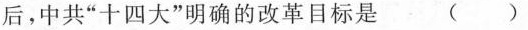
后，中共”十四大”明确的改革目标是 （ ）